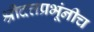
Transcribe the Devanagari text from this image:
श्रीदत्तप्रभूंनीच